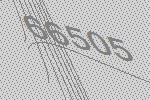
66505